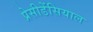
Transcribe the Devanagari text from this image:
प्रेसीडेंसियाल